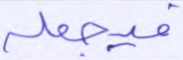
فيجعله